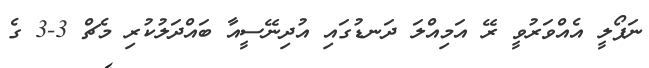
ނަޕޯލީ އެއްވަރުވީ ރޭ އަމިއްލަ ދަނޑުގައި އުދިނޭސީއާ ބައްދަލުކުރި މެޗް 3-3 ގެ